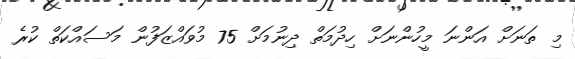
މި ތަނަށް އަންނަ މީހުންނަށް ހިދުމަތް ދިނުމަށް 75 މުވައްޒަފުން މަސައްކަތް ކުރެ